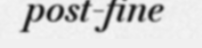
post-fine